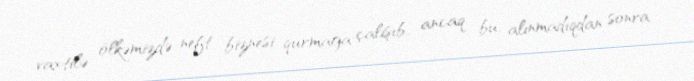
vaxtilə ölkəmizdə neft biznesi qurmağa çalışıb, ancaq bu, alınmadıqdan sonra